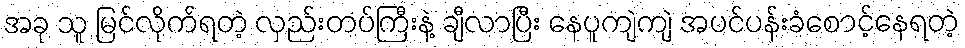
အခု သူ မြင်လိုက်ရတဲ့ လှည်းတပ်ကြီးနဲ့ ချီလာပြီး နေပူကျဲကျဲ အပင်ပန်းခံစောင့်နေရတဲ့